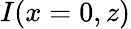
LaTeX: I(x=0,z)